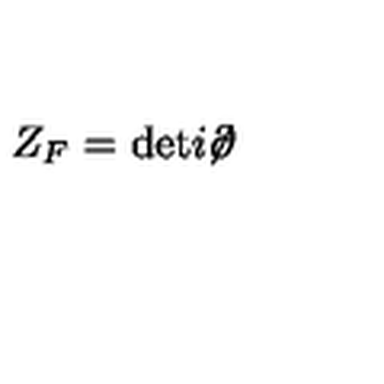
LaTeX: Z _ { F } = \mathrm { d e t } i \! \! \not \! \partial